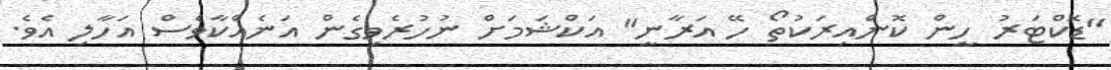
"ޑޮކްޓަރު ހީން ކޮންއިރަކުތޯ ހޭ އަރާނީ" އަކްޝަމަށް ނުހުރެވިގެން އަނެއްކާވެސް އަހާލި އެވެ.